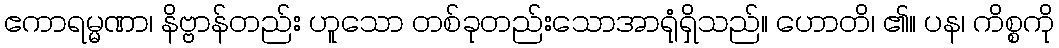
ဧကာရမ္မဏာ၊ နိဗ္ဗာန်တည်း ဟူသော တစ်ခုတည်းသောအာရုံရှိသည်။ ဟောတိ၊ ၏။ ပန၊ ကိစ္စကို